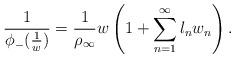
LaTeX: \begin{gather*}\frac{1}{\phi_-(\frac{1}{w})}=\frac1{\rho_{\infty}}w\left(1+\sum\limits_{n=1}^{\infty}l_nw_n\right).\end{gather*}